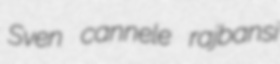
Sven cannele rajbansi